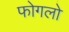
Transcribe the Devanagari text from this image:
फोगलो